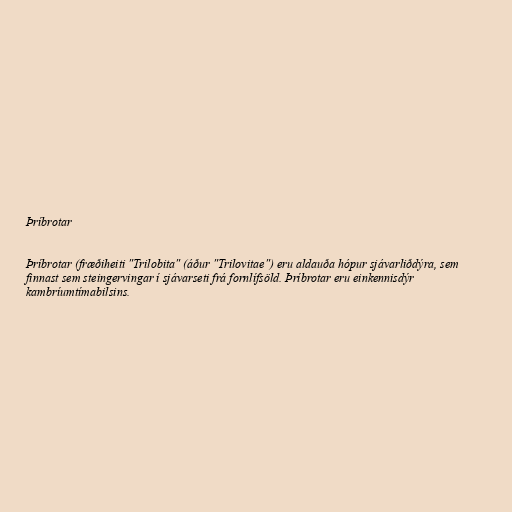
Þríbrotar

Þríbrotar (fræðiheiti "Trilobita" (áður "Trilovitae") eru aldauða hópur sjávarliðdýra, sem
finnast sem steingervingar í sjávarseti frá fornlífsöld. Þríbrotar eru einkennisdýr
kambríumtímabilsins.